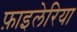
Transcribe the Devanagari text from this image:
फ़ाइलेरिया